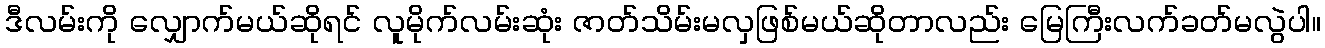
ဒီလမ်းကို လျှောက်မယ်ဆိုရင် လူမိုက်လမ်းဆုံး ဇာတ်သိမ်းမလှဖြစ်မယ်ဆိုတာလည်း မြေကြီးလက်ခတ်မလွဲပါ။